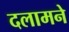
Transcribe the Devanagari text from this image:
दलामने